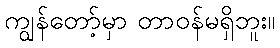
ကျွန်တော့်မှာ တာဝန်မရှိဘူး။